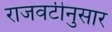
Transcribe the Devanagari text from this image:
राजवटीनुसार